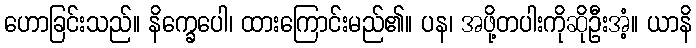
ဟောခြင်းသည်။ နိက္ခေပေါ၊ ထားကြောင်းမည်၏။ ပန၊ အဖို့တပါးကိုဆိုဦးအံ့။ ယာနိ